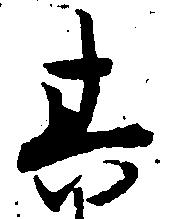
其